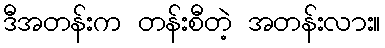
ဒီအတန်းက တန်းစီတဲ့ အတန်းလား။